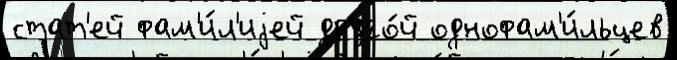
стат'ей фам'и́л'иjей друго́й однофам'и́льцев